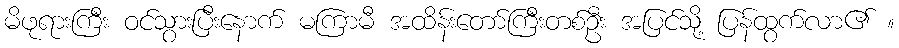
မိဖုရားကြီး ဝင်သွားပြီးနောက် မကြာမီ အထိန်းတော်ကြီးတစ်ဦး အပြင်သို့ ပြန်ထွက်လာ၏ ။